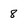
Character: 8